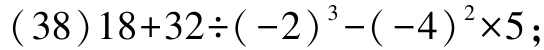
\((38)18 + 32\div(-2)^{3}-(-4)^{2}\times5;\)